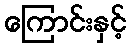
ကြောင်းနှင့်